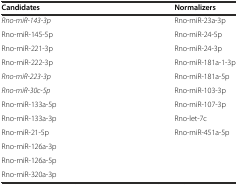
| Candidates | Normalizers |
 | --- | --- |
 | Rno-miR-143-3p | Rno-miR-23a-3p |
 | Rno-miR-145-5p | Rno-miR-24-5p |
 | Rno-miR-221-3p | Rno-miR-24-3p |
 | Rno-miR-222-3p | Rno-miR-181a-1-3p |
 | Rno-miR-223-3p | Rno-miR-181a-5p |
 | Rno-miR-30c-5p | Rno-miR-103-3p |
 | Rno-miR-133a-5p | Rno-miR-107-3p |
 | Rno-miR-133a-3p | Rno-let-7c |
 | Rno-miR-21-5p | Rno-miR-451a-5p |
 | Rno-miR-126a-3p |  |
 | Rno-miR-126a-5p |  |
 | Rno-miR-320a-3p |  |